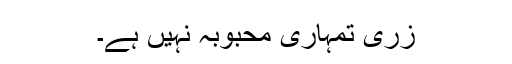
زری تمہاری محبوبہ نہیں ہے۔